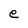
Character: e